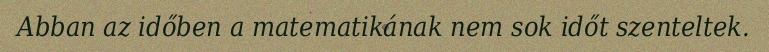
Abban az időben a matematikának nem sok időt szenteltek.